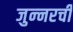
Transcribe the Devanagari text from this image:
जुन्‍नरची